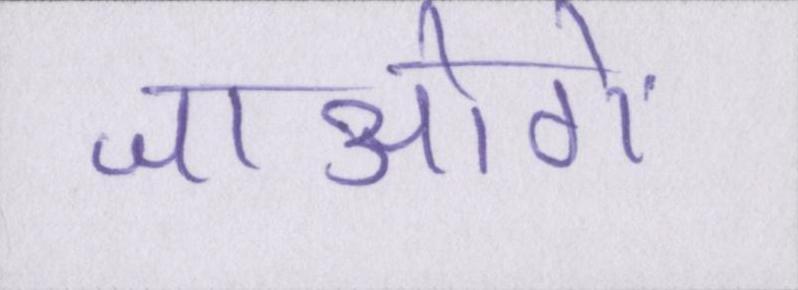
जाओगे